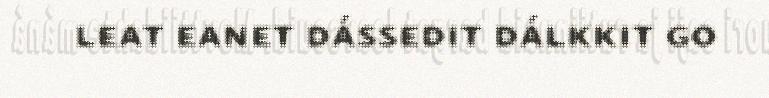
leat eanet dássedit dálkkit go